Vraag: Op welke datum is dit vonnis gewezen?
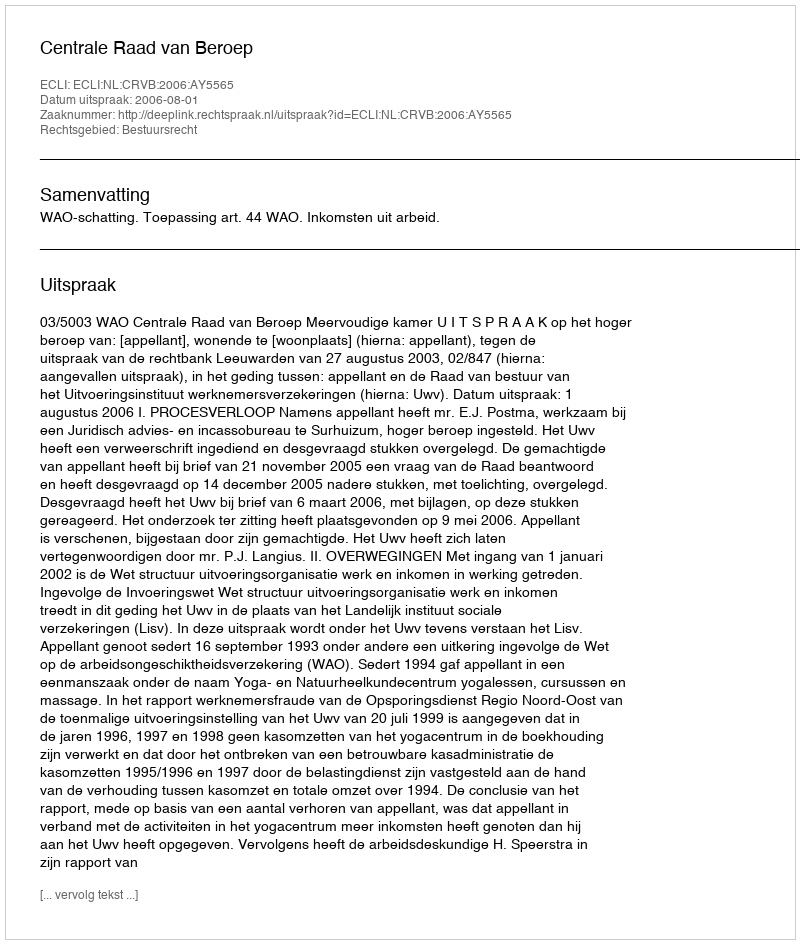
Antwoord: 2006-08-01